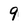
Character: 9